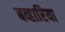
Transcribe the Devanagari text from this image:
बव्हारिया